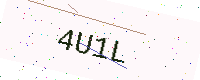
Text: 4U1L